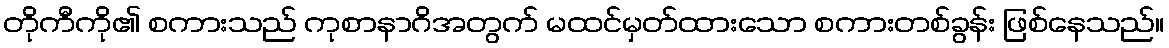
တိုကီကို၏ စကားသည် ကုစာနာဂိအတွက် မထင်မှတ်ထားသော စကားတစ်ခွန်း ဖြစ်နေသည်။